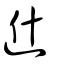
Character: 𨑮